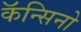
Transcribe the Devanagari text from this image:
कॅन्सिनो